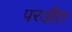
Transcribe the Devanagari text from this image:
परडीत